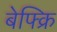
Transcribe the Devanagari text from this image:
बेफ्क्रि